Calcutta medical institutions reports 1871-78
Year: 1871
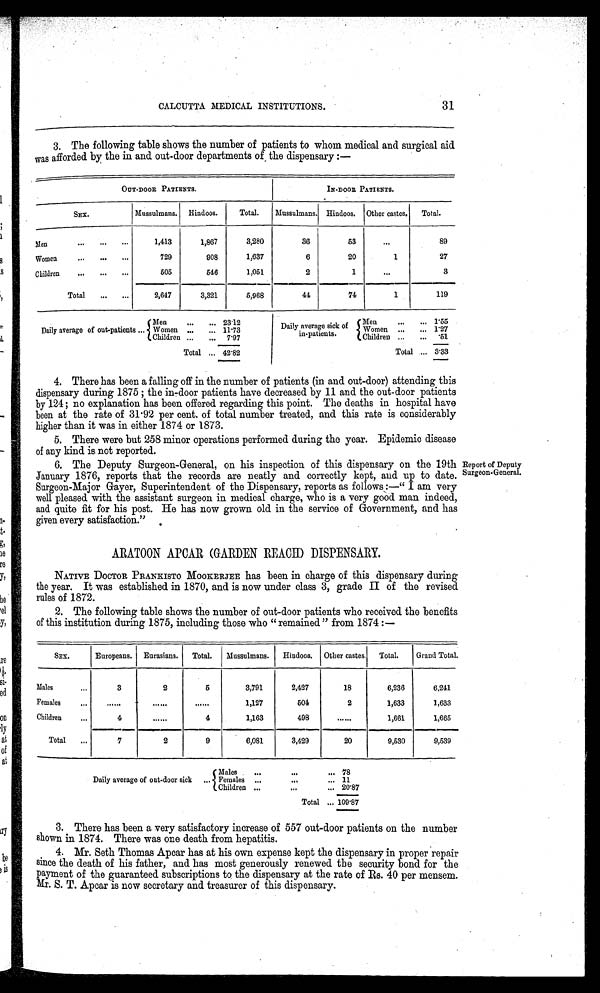
31
CALCUTTA MEDICAL INSTITUTIONS.
3. The following table shows the number of patients to whom medical and surgical aid
was afforded by the in and out-door departments of the dispensary:—
O U T - D O O R P A T I E N T S .
IN-DOOR PATIENTS.
SEX.
Mussulmans. Hindoos. Total. Mussulmans. Hindoos. Other castes. Total.
Men
1, 413
1, 867
3, 280
36
53
89
Women
729
908
1, 637
6
20
1
27
Chi l dren
5 0 5
546
1, 051
2
1
3
Total
2, 647
3 , 3 2 1
5 , , 9 6 8
44
74
1
119
Men
23.12
Men
1 . 5 5
Daily average of out-patients Women
11.73 Daily average sick of Women
1 . 2 7
Children
in-patients.
7 . 9 7
Children
.51
Total 42.82
Total 3.33
4. There has been a falling off in the number of patients (in and out-door) attending this
dispensary during 1875; the in-door patients have decreased by 11 and the out-door patients
by 124; no explanation has been offered regarding this point. The deaths in hospital have
been at the rate of 31.92 per cent. of total number treated, and this rate is considerably
higher than it was in either 1874 or 1873.
5. There were but 258 minor operations performed during the year. Epidemic disease
of any kind is not reported.
6. The Deputy Surgeon-General, on his inspection of this dispensary on the 19th
January 1876, reports that the records are neatly and correctly kept, and up to date.
Surgeon-Major Gayer, Superintendent of the Dispensary, reports as follows:—" I am very
well pleased with the assistant surgeon in medical charge, who is a very good man indeed,
and quite fit for his post. He has now grown old in the service of Government, and has
given every satisfaction."
Report of Deputy
Surgeon-General.
ARATOON APCAR (GARDEN REACH) DISPENSARY.
NATIVE DOCTOR PRANKISTO MOOKERJEE has been in charge of this dispensary during
the year. It was established in 1870, and is now under class 3, grade II of the revised
rules of 1872.
2. The following table shows the number of out-door patients who received the benefits
of this institution during 1875, including those who "remained" from 1874:—
SEX. Europeans. Eurasians. Total. Mussulmans. Hindoos. Other castes. Total. IGrand Total.
M a l e s
3 2
5
3, 791
2, 427
18
6, 236
6, 241
Females
1, 127
504
2
1, 633
1, 633
Children ...
4
4
1, 163
498
1, 661
1, 665
Total
7
2
6,081 3,429 20
9, 530
9, 539
Males
78
Daily average of out-door sick Females
11
Children
20.87
Total 109.87
3. There has been a very satisfactory increase of 557 out-door patients on the number
shown in 1874. There was one death from hepatitis.
4. Mr. Seth Thomas Apcar has at his own expense kept the dispensary in proper repair
since the death of his father, and has most generously renewed the security bond for the
payment of the guaranteed subscriptions to the dispensary at the rate of Rs. 40 per mensem.
Mr. S. T. Apcar is now secretary and treasurer of this dispensary.